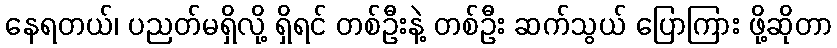
နေရတယ်၊ ပညတ်မရှိလို့ ရှိရင် တစ်ဦးနဲ့ တစ်ဦး ဆက်သွယ် ပြောကြား ဖို့ဆိုတာ